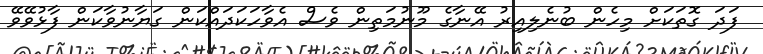
ފަދަ ގޮތަކަށް މިހެން ބުނެލިއިރު އޭނާގެ މޫނުމަތިން ވެސް އެވާހަކަދައްކަން ގަޔާނުވާކަން ފާޅުވޭވޭ